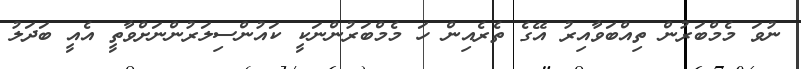
ނުވަ މެމްބަރުން ތިއްބަވާއިރު އޭގެ ތެރެއިން ހަ މެމްބަރުންނަކީ ކައުންސިލަރުންނަށްވާތީ އެއީ ބަދަލު